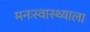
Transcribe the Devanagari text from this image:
मनःस्वास्थ्याला